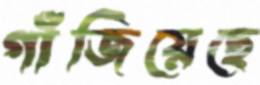
গাঁজিয়েছে